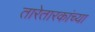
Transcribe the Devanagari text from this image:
तारेतारकांच्या